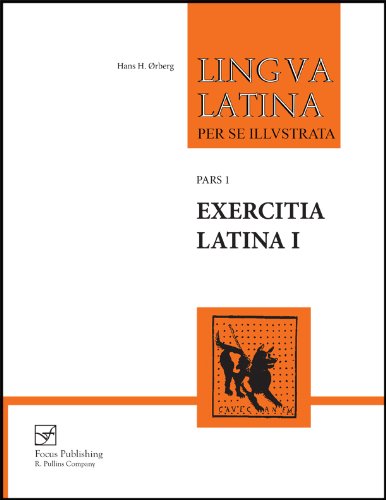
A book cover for Exercitia Latina I: Exercises for Familia Romana (Lingua Latina) (Pt. 1, No. 1); Hans H. ÃErberg; Reference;